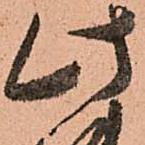
此